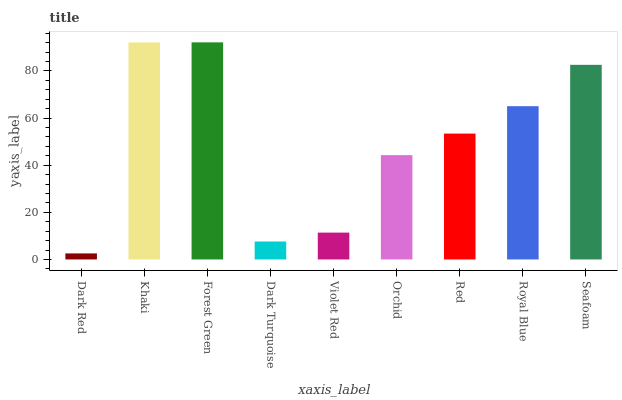
| xaxis_label | bars |
 | --- | --- |
 | Dark Red | 2.56 |
 | Khaki | 92.1 |
 | Forest Green | 92.2 |
 | Dark Turquoise | 7.63 |
 | Violet Red | 11.4 |
 | Orchid | 44.3 |
 | Red | 53.4 |
 | Royal Blue | 65.1 |
 | Seafoam | 82.6 |